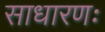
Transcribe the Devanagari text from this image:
साधारणः